system: You are a helpful assistant.
user:
Analyze the provided spectrum to determine if it is a **S-type Star**.

- **Key Indicators for S-type Star:**

    - **(Overall Spectrum Shape):** The first and most obvious characteristic is the overall continuum (the "baseline" shape). It is **extremely "red-sloping,"** meaning the flux (light intensity) is very low on the left side (blue, ~4000-4500 Å) and rises steeply and continuously toward the right side (red, ~7000 Å+).

    - **(Primary):** The spectrum is defined by the presence of strong, broad molecular absorption "valleys" (bands) from **Zirconium Oxide (ZrO)**. The identification of these bands is the **primary requirement** for classifying a star as S-type.
        - **(Key Bandheads):** You must find distinct, deep "dips" where the light has been absorbed. The most critical band systems to locate are:
            - **~6474 Å** ($\gamma$-system): This is often the strongest and clearest ZrO feature, found in the red part of the spectrum.
            - **~5718 Å** & **~5551 Å** ($\beta$-system): A pair of prominent absorption features in the yellow-orange part of the spectrum.
            - **~4640 Å** ($\alpha$-system): A key absorption band system in the blue-green region of the spectrum.

    - **(Secondary Confirmation):** The classification is strengthened by finding additional absorption bands from other related heavy element oxides, which are expected to be present alongside ZrO.
        - **(Key Bandheads):**
            - **Yttrium Oxide (YO):** Look for absorption dips near **~4800 Å** and **~6100 Å**.
            - **Lanthanum Oxide (LaO):** Additional absorption features, particularly in the red-orange part of the spectrum, are also characteristic.

    - **(Line Profile):** The combination of the steep red continuum and these numerous, deep molecular bands (ZrO, YO, etc.) gives the entire spectrum a very **"chopped-up"** or **"bumpy"** appearance. Instead of a smooth curve, the spectrum looks as though large, wide chunks of light have been "carved out" of it at the specific wavelengths listed above.

Think first, call **spectral_visualization_tool** if needed to examine features in detail, then provide your final answer. Your response must adhere to the following strict rules:
1.  **Overall Structure:** Your response must follow the format `<think>...</think> <tool_call>...</tool_call> (if a tool is used) <answer>...</answer>`.
2.  **Tool Usage Constraint:** You may only make **one** tool call per turn.
3.  **Final Answer Format:** In the `<answer>` tag, your conclusion must be inside a `\boxed{}` command (e.g., `\boxed{YES}` or `\boxed{NO}`), followed by your justification.

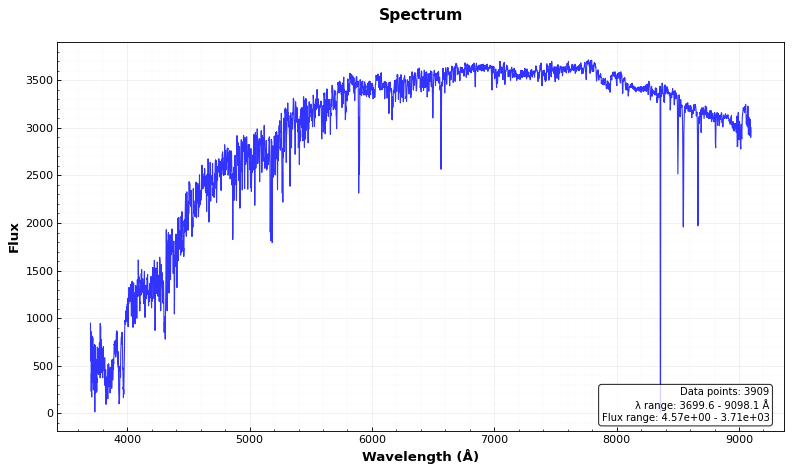
Answer: NO